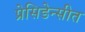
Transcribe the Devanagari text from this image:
प्रेसिडेन्सीत